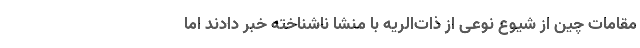
مقامات چین از شیوع نوعی از ذات‌الریه با منشا ناشناخته خبر دادند اما